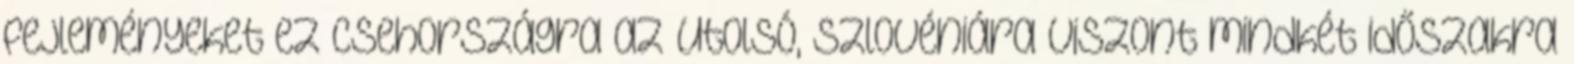
fejleményeket ez Csehországra az utolsó, Szlovéniára viszont mindkét időszakra